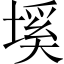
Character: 𡏛